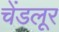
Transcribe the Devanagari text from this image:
चेंडलूर